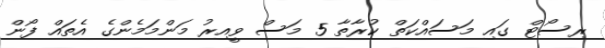
ރިސޯޓް ގައި މަސައްކަތް ކުރާތާ 5 މަސް ވީއިރު މަންމަމެންގެ އެތައް ފޯން